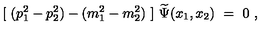
[ \ ( p _ { 1 } ^ { 2 } - p _ { 2 } ^ { 2 } ) - ( m _ { 1 } ^ { 2 } - m _ { 2 } ^ { 2 } ) \ ] \ \widetilde \Psi ( x _ { 1 } , x _ { 2 } ) \ = \ 0 \ ,